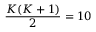
\frac { K ( K + 1 ) } { 2 } = 1 0